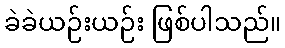
ခဲခဲယဉ်းယဉ်း ဖြစ်ပါသည်။